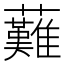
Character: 䕼